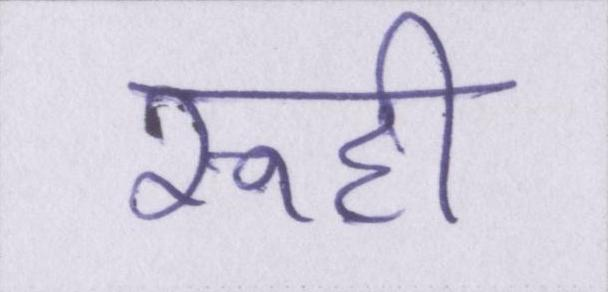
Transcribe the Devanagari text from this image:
रूही